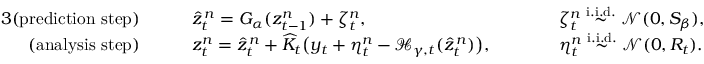
\begin{array} { r l r l } { { 3 } \mathrm { ( p r e d i c t i o n ~ s t e p ) } } & { \quad \quad \widehat { z } _ { t } ^ { \, n } = G _ { \alpha } ( { z } _ { t - 1 } ^ { n } ) + { \zeta } _ { t } ^ { n } , } & & { \quad \quad { \zeta } _ { t } ^ { n } \overset { \mathrm { i . i . d . } } { \sim } \mathcal { N } ( 0 , S _ { \beta } ) , } \\ { \mathrm { ( a n a l y s i s ~ s t e p ) } } & { \quad \quad { z } _ { t } ^ { n } = \widehat { z } _ { t } ^ { \, n } + \widehat K _ { t } \bigl ( y _ { t } + { \eta } _ { t } ^ { n } - \mathcal { H } _ { \gamma , t } ( \widehat { z } _ { t } ^ { \, n } ) \bigr ) , } & & { \quad \quad { \eta } _ { t } ^ { n } \overset { \mathrm { i . i . d . } } { \sim } \mathcal { N } ( 0 , R _ { t } ) . } \end{array}